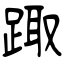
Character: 踙